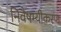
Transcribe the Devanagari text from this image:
निवैषम्यीकरण